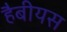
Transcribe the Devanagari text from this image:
हैबीयस